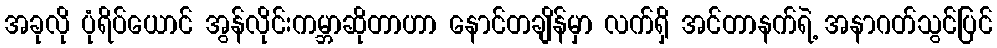
အခုလို ပုံရိပ်ယောင် အွန်လိုင်းကမ္ဘာဆိုတာဟာ နောင်တချိန်မှာ လက်ရှိ အင်တာနက်ရဲ့ အနာဂတ်သွင်ပြင်